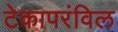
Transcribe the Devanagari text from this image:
टेकापरंविल